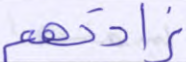
زادتهم